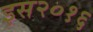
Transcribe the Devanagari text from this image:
इस२०१६